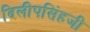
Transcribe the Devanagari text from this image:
दिलीपसिंहजी